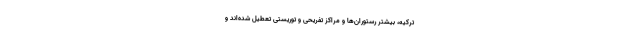
ترکیه، بیشتر رستوران‌ها و مراکز تفریحی و توریستی تعطیل شده‌اند و